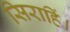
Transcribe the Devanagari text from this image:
सिराहिं।